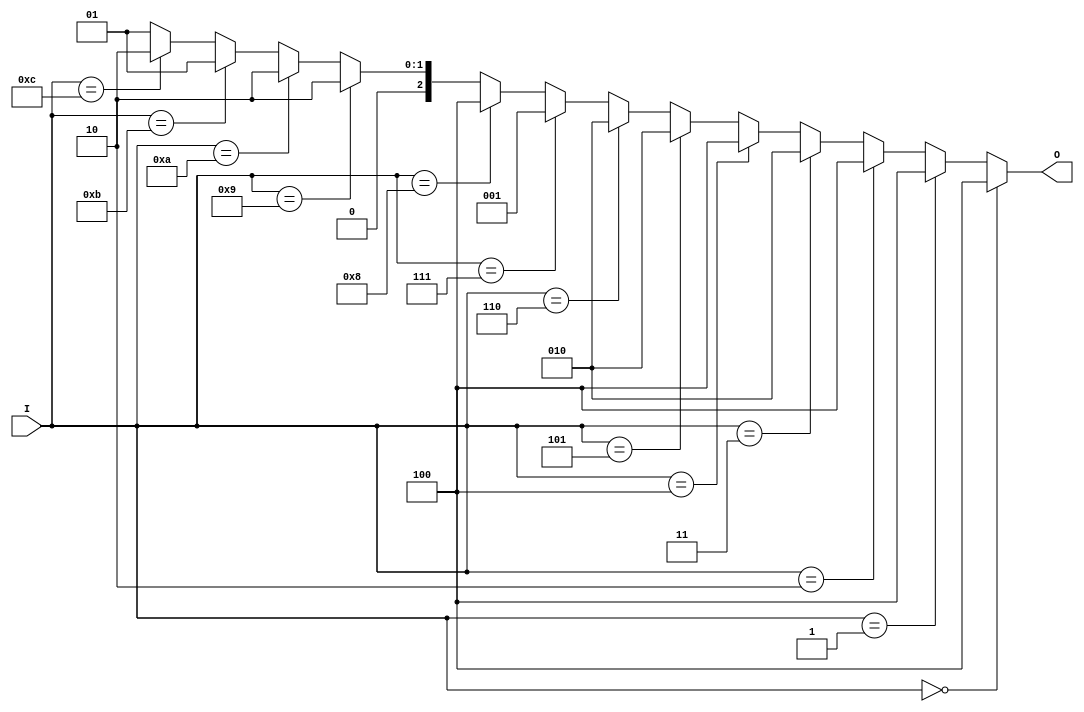
// Ch07 voter_if1.v
// |H ( if d)

module voter_if1 (I, O);
input  [3:0] I;		// I |J
output [3:1] O;		// O TX
reg    [3:1] O;		// i O s

//  if z
always@ (I)
  if      (I == 4'b0000)   O = 3'b100;
  else if (I == 4'b0001)   O = 3'b100;
  else if (I == 4'b0010)   O = 3'b100;
  else if (I == 4'b0011)   O = 3'b010;
  else if (I == 4'b0100)   O = 3'b100; 
  else if (I == 4'b0101)   O = 3'b010;
  else if (I == 4'b0110)   O = 3'b010;
  else if (I == 4'b0111)   O = 3'b001;
  else if (I == 4'b1000)   O = 3'b100;
  else if (I == 4'b1001)   O = 3'b010;
  else if (I == 4'b1010)   O = 3'b010;
  else if (I == 4'b1011)   O = 3'b001;
  else if (I == 4'b1100)   O = 3'b010; 
  else if (I == 4'b1101)   O = 3'b001;
  else if (I == 4'b1110)   O = 3'b001;
  else                     O = 3'b001;

endmodule